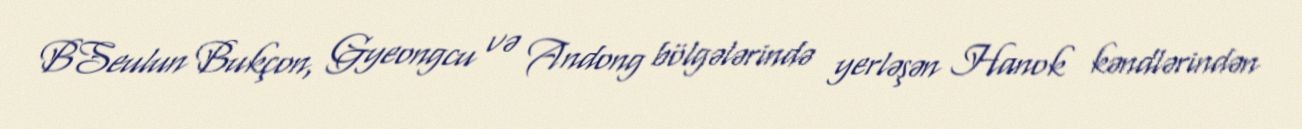
BSeulun Bukçon, Gyeongcu və Andong bölgələrində yerləşən Hanok kəndlərindən